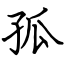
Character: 孤